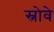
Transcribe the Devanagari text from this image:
स्नोवे